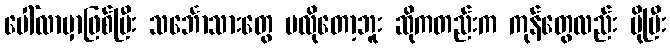
ပေါ်လာမှာဖြစ်ပြီး သင်္ဘောသားတွေ မလိုတော့ဘူး ဆိုကတည်းက ကုန်တွေလည်း ပိုပြီး